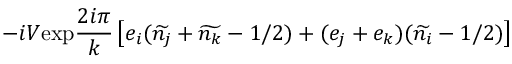
- i V \mathrm { e x p } \frac { 2 i \pi } { k } \left[ e _ { i } ( \widetilde { n _ { j } } + \widetilde { n _ { k } } - 1 / 2 ) + ( e _ { j } + e _ { k } ) ( \widetilde { n _ { i } } - 1 / 2 ) \right]